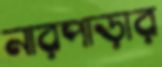
নারপাড়ার